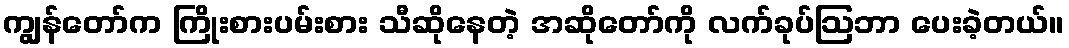
ကျွန်တော်က ကြိုးစားပမ်းစား သီဆိုနေတဲ့ အဆိုတော်ကို လက်ခုပ်ဩဘာ ပေးခဲ့တယ်။